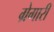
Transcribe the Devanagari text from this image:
ग्रेगारी